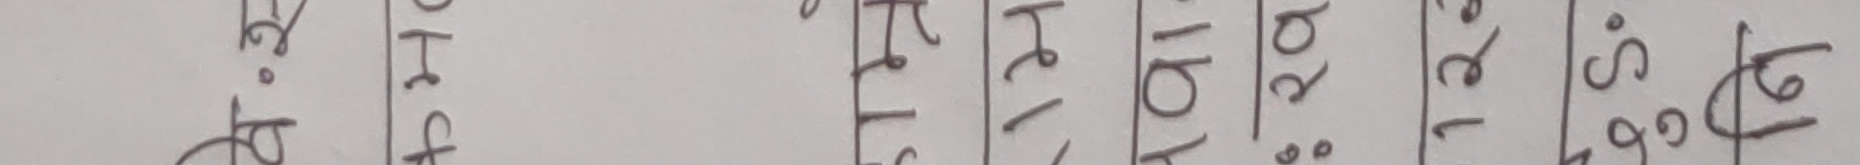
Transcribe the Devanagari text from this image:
अ. १७ Hct रेल । २०.०२ । ८.९६। ७६